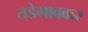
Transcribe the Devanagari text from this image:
तडेगावकर